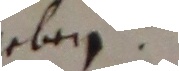
geben